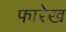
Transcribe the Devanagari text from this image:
फारेख